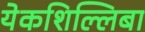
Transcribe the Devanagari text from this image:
येकशिल्लिबा